Statistical return of the lunatic asylum in Assam - 1912-1932
Year: 1912
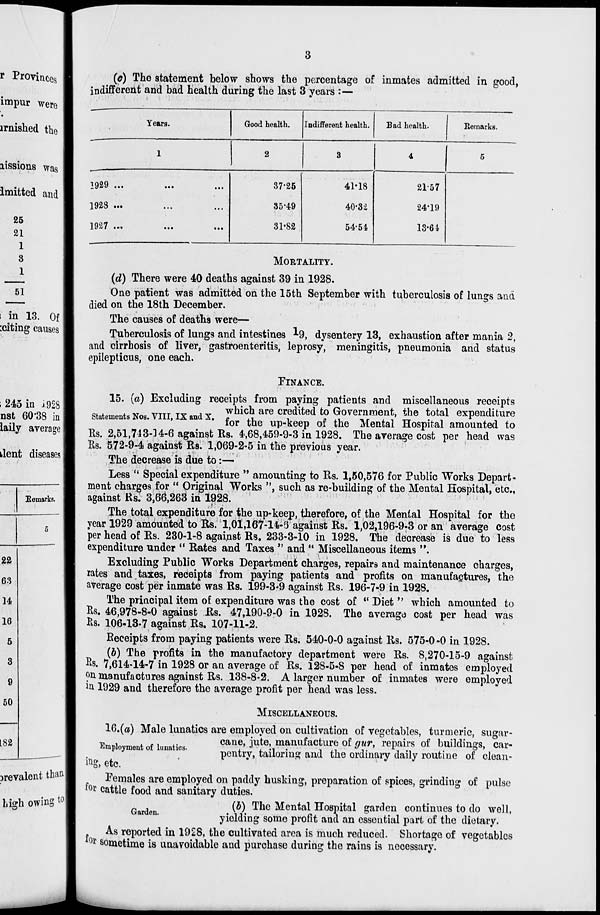
dent diseases
3
(c) The statement below shows the percentage of inmates admitted in good,
indifferent and bad health during the last 3 years :—
•
Years.
Good health.
Indifferent health.
Bad health.
Remarks.
1
2
3
4
5
1929 ...
...
...
37*25
41-18
21-57
1923 ...
...
35-49
40-32
24*19
1927 ...
...
31-82
54-54
13-64
MORTALITY.
(d) There were 40 deaths against 39 in 1928.
One patient was admitted on the 15th September with tuberculosis of lungs and
died on the 18th December.
The causes of deaths were—
Tuberculosis of lungs and intestines -^9, dysentery 13, exhaustion after mania 2,
and cirrhosis of liver, gastroenteritis, leprosy, meningitis, pneumonia and status
epilepticus, one each.
FINANCE.
15. (a) Excluding receipts from paying patients and miscellaneous receipts
„ _ TT _ T _ , _ which are credited to Government, the total expenditure
Statements Nos. VIII, IX and x. fop fe up . keep of the Mental Hospital amounted to
Rs. 2,51,713-14-6 against Rs. 4,68,459-9-3 in 1928. The average cost per head was
Rs. 572-9-4 against Rs. 1,069-2-5 in the previous year.
The decrease is due to:—■
Less " Special expenditure " amounting to Rs. 1,50,576 for Public Works Depart-
ment charges for " Original Works ", such as re-building of the Mental Hospital, etc.,
against Rs. 3,6^,263 in 1928.
The total expenditure for the up-keep, therefore, of the Mental Hospital for the
year 1929 amounted to Rs. 1,01,167-14-3 against Rs. 1,02,196-9-3 or an average cost
per head of Rs. 230-1-8 against Rs. 233-3-10 in 1928. The decrease is due to less
expenditure under " Rates and Taxes " and " Miscellaneous items ".
Excluding Public Works Department charges, repairs and maintenance charges,
rates and taxes, receipts from paying patients and profits on manufactures, the
average cost per inmate was Rs. 199-3*9 against Rs. 196-7-9 in 1928.
The principal item of expenditure was the cost of " Diet " which amounted to
Rs. 46,978-8-0 against Rs. 47,190-9-0 in 1928. The average cost per head was
Rs. 106-13-7 against Rs. 107-11-2.
Receipts from paying patients were Rs. 540-0-0 against Rs. 575-0-0 in 1928.
(b) The profits in the manufactory department were Rs. 8,270-15-9 against
Rs. 7,614-14-7 in 1928 or an average of Rs. 128-5-8 per head of inmates emploj T ed
on manufactures against Rs. 138-8-2. A larger number of inmates were employed
in. 1929 and therefore the average profit per head was less.
MISCELLANEOUS.
16.(a) Male lunatics are employed on cultivation of vegetables, turmeric, sugar-
E .
cane, jute, manufacture of gur, repairs of buildings, car-
tog, etc.
pentry, tailoring and the ordinary daily routine of clean-
Pemales are employed on paddy husking, preparation of spices, grinding of pulse
for cattle food and sanitary duties.
G
(b) The Mental Hospital garden continues to do well,
yielding some profit and an essential part of the dietary.
As reported in 1928, the cultivated area is much reduced. Shortage of vegetables
f°r sometime is unavoidable and purchase during the rains is necessary.